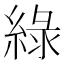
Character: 綠